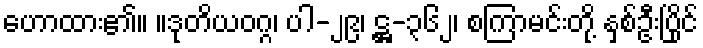
ဟောထား၏။ ။ဒုတိယဝဂ္ဂ၊ ပါ-၂၉၊ ဋ္ဌ-၃၆၂၊ စကြာမင်းတို့ နှစ်ဦးပြိုင်